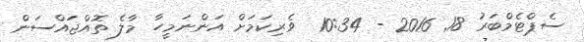
ސެޕްޓެމްބަރު 18